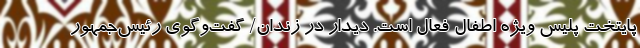
پایتخت پلیس ویژه اطفال فعال است. دیدار در زندان/ گفت‌و‌گوی رئیس‌جمهور